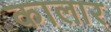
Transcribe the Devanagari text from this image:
कालार